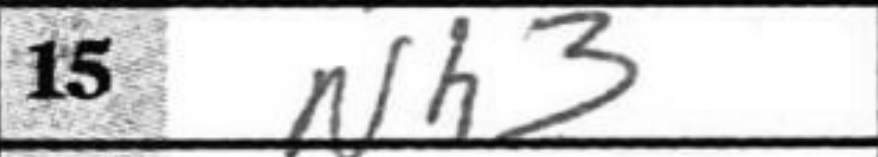
Transcription: Nh3